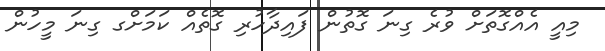
މިއީ އެއްގޮތަށް ވުރެ ގިނަ ގޮތުން ފައިދާހުރި ގޮތެއް ކަމަށްގ ގިނަ މީހުން